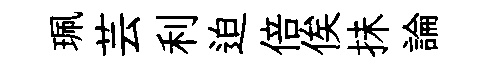
珮芸利迫倍俟抺論